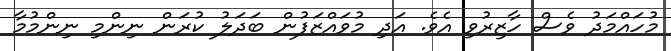
މުހައްމަދު ވެސް ހާޒިރުވި އެވެ. އަދި މުވައްޒަފުން ބަދަލު ކުރަން ނިންމި ނިންމުމާ